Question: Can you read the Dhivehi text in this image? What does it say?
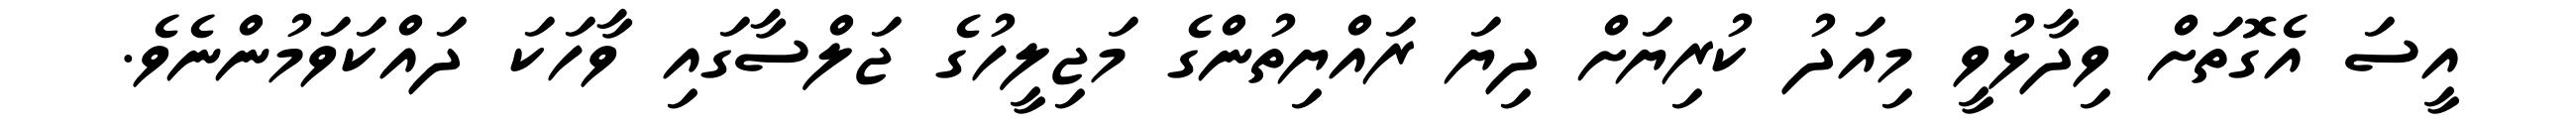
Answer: އީސަ އެގޮތަށް ވިދާޅުވީ މިއަދު ކުރިޔަށް ދިޔަ ރައްޔިތުންގެ މަޖިލީހުގެ ޖަލްސާގައި ވާހަކަ ދައްކަވަމުންނެވެ.